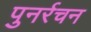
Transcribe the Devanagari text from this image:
पुनर्रचन